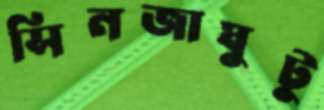
সিনজাঘুটু